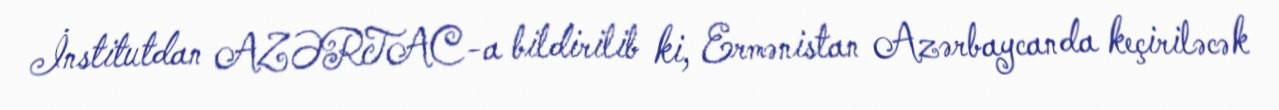
İnstitutdan AZƏRTAC-a bildirilib ki, Ermənistan Azərbaycanda keçiriləcək